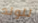
للولد